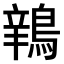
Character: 𫛅